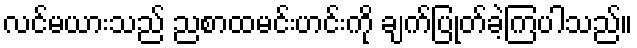
လင်မယားသည် ညစာထမင်းဟင်းကို ချက်ပြုတ်ခဲ့ကြပါသည်။